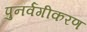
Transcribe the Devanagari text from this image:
पुनर्वगीकरण